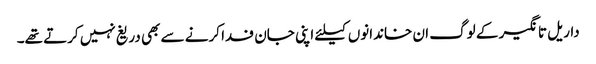
داریل تانگیر کے لوگ ان خاندانوں کیلئے اپنی جان فدا کرنے سے بھی دریغ نہیں کرتے تھے۔